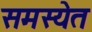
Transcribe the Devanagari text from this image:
समस्येत